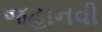
જહાનવી